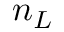
n _ { L }